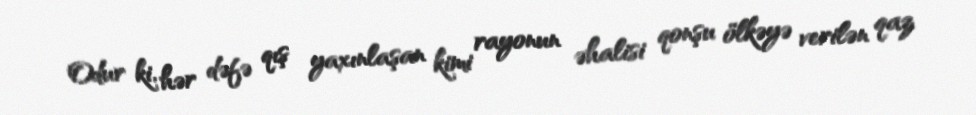
Odur ki, hər dəfə qış yaxınlaşan kimi rayonun əhalisi qonşu ölkəyə verilən qaz